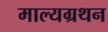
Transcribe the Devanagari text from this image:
माल्यग्रथन